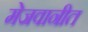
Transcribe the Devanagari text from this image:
मेजवानीत